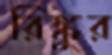
রিঙ্কুর